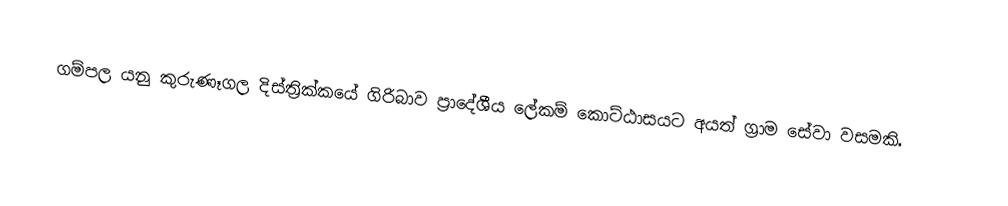
ගම්පල යනු කුරුණෑගල දිස්ත්‍රික්කයේ ගිරිබාව ප්‍රාදේශීය ලේකම් කොට්ඨාසයට අයත් ග්‍රාම සේවා වසමකි.